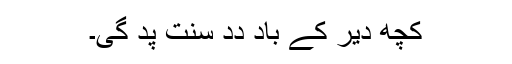
کُچھ دیر کے باد دِدِ سنت پد گیِ۔